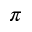
\pi